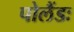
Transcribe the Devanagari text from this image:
पोलैंडः